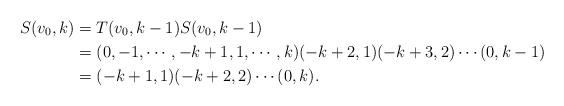
LaTeX: \begin{align*}S(v_0,k)& =T(v_0,k-1)S(v_0,k-1)\\&=(0, -1, \cdots, -k+1, 1,\cdots, k)(-k+2,1)(-k+3,2)\cdots (0,k-1)\\&=(-k+1,1)(-k+2,2)\cdots (0,k).\end{align*}